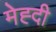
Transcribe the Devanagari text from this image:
मेह्दी